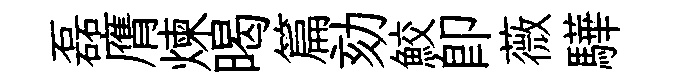
磊膺煉暍篇劾鮫即薇驊